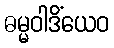
ဓမ္မဝါဒိံယေဝ